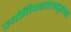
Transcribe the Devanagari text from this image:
ज्योतिषशास्त्रदृष्ट्या